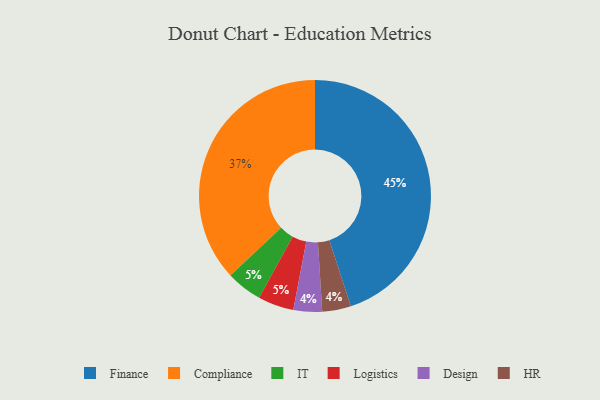
{"axis": {"x": "Category", "y": "Percentage"}, "legend": ["Compliance", "Design", "Finance", "HR", "IT", "Logistics"], "data": [{"x": "IT", "y": 5, "type": "IT"}, {"x": "Finance", "y": 45, "type": "Finance"}, {"x": "Logistics", "y": 5, "type": "Logistics"}, {"x": "Compliance", "y": 37, "type": "Compliance"}, {"x": "Design", "y": 4, "type": "Design"}, {"x": "HR", "y": 4, "type": "HR"}]}